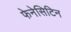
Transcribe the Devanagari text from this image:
फेनेसिटिन